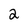
Character: 2